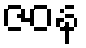
ဇဝန